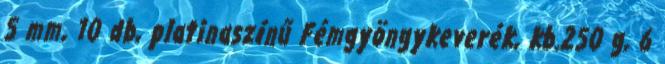
5 mm, 10 db, platinaszínű Fémgyöngykeverék, kb.250 g, 6